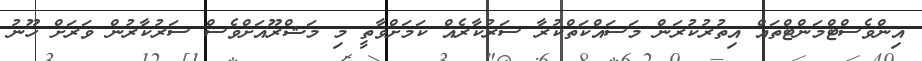
އިންވެސްޓްމަންޓްތައް އިތުރުކުރަން މަސައްކަތްކުރާ ސަރުކާރެއް ކަމަށްވާތީ މި މަޝްރޫއަށްވެސް ސަރުކާރުން ވަރަށް ހޫނު